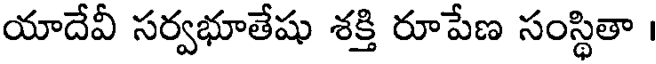
యాదేవీ సర్వభూతేషు శక్తి రూపేణ సంస్థితా